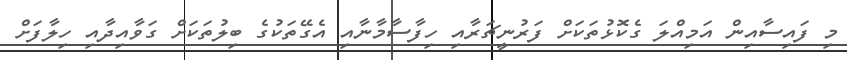
މި ފައިސާއިން އަމިއްލަ ގެކޮޅުތަކަށް ފަރުނީޗަރާއި ހިފާސާމާނާއި އެގޭތަކުގެ ބިލުތަކަށް ގަވާއިދާއި ހިލާފަށް